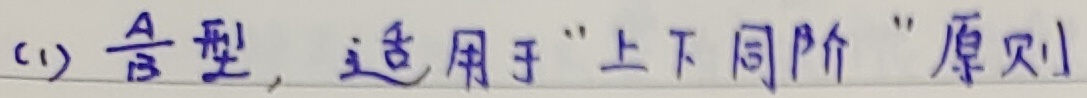
\(\frac{A}{B}\)型，适用于“上下同阶”原则。